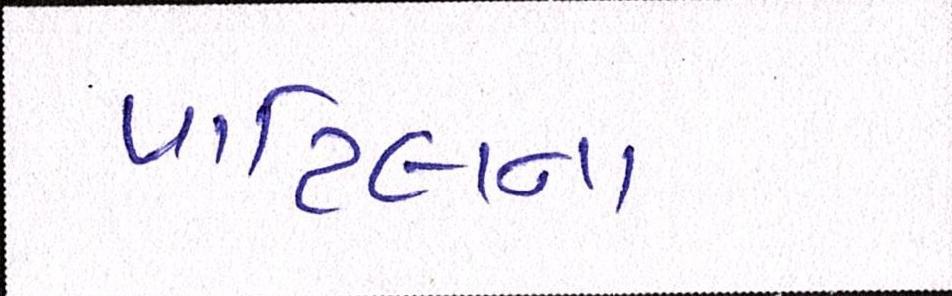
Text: પાટિલના